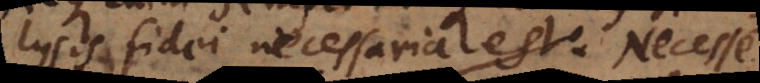
ysis fidei necessaria est neque